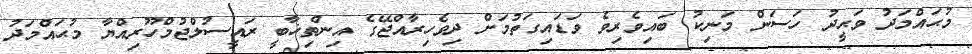
މުޙައްމަދު ވަޙީދު ހަސަން މަނިކު ބައިވެރިވެ ވަޑައިގަތުމަށް ދިވެހިރާއްޖޭގެ އިންތިޚާބީ ރައީސުލްޖުމްހޫރިއްޔާ މުޙައްމަދު